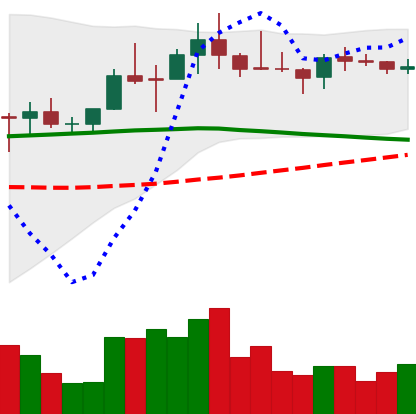
Ticker: LINK-USD
Chart end date: 2019-11-04
Forward return: 4.362%
Label: up_3_5